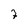
Character: 7